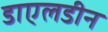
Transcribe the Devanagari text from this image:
डाएलडीन